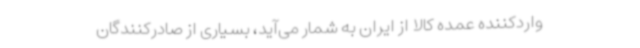
واردکننده عمده کالا از ایران به شمار می‌آید، بسیاری از صادرکنندگان